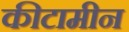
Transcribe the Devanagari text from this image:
कीटामीन